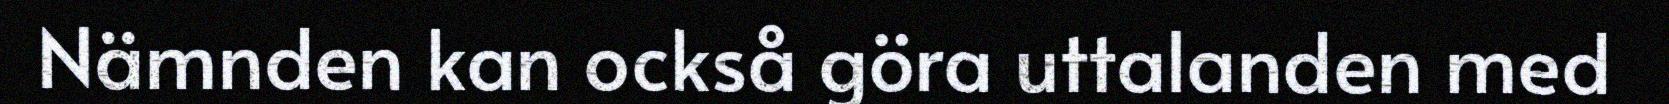
Nämnden kan också göra uttalanden med